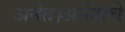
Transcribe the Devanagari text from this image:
अनंत।अनंताचे